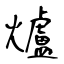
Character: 爐